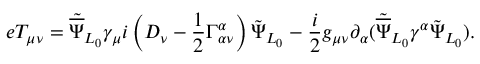
e T _ { \mu \nu } = { \tilde { \overline { { \Psi } } } _ { L _ { 0 } } } { \gamma _ { \mu } } i \left( D _ { \nu } - \frac { 1 } { 2 } \Gamma _ { \alpha \nu } ^ { \alpha } \right) { \tilde { \Psi } } _ { L _ { 0 } } - \frac { i } { 2 } g _ { \mu \nu } \partial _ { \alpha } ( { \tilde { \overline { { \Psi } } } } _ { L _ { 0 } } \gamma ^ { \alpha } { \tilde { \Psi } _ { L _ { 0 } } } ) . \nonumber \,